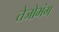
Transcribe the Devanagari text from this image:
तेजोभंग